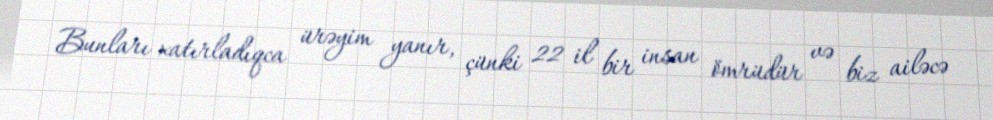
Bunları xatırladıqca ürəyim yanır, çünki 22 il bir insan ömrüdür və biz ailəcə